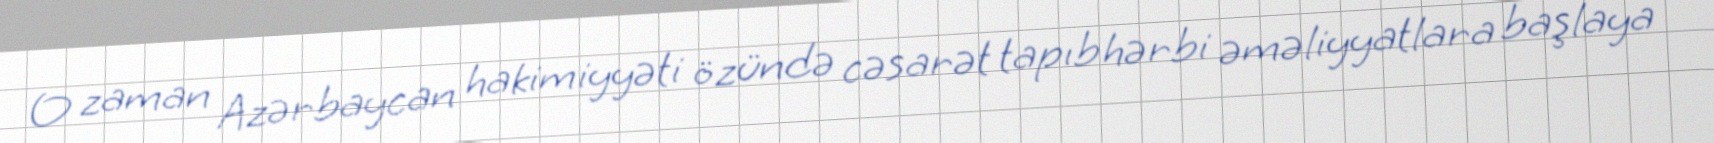
O zaman Azərbaycan hakimiyyəti özündə cəsarət tapıb hərbi əməliyyatlara başlaya